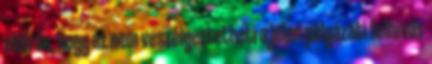
előírás, hogy az nem veszélyeztetheti a jelen pályázati felhívás